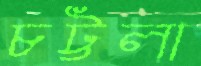
চট্টলা